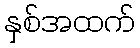
နှစ်အထက်